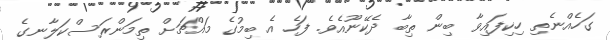
ގަހެއްނެތި ހިކިފައިވާ ބިން ތިބާ ދެކޭނޫއެވެ. ފަހެ އެ ބިމުގެ މައްޗަށް ތިމަންރަސްކަލާނގެ